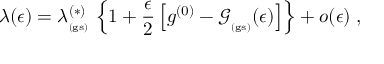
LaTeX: \lambda ( \epsilon ) = \lambda _ { _ \mathrm { ( g s ) } } ^ { ( \ast ) } \, \left\{ 1 + \frac { \epsilon } { 2 } \left[ g ^ { ( 0 ) } - { \mathcal G } _ { _ \mathrm { ( g s ) } } ( \epsilon ) \right] \right\} + o ( \epsilon ) \; ,